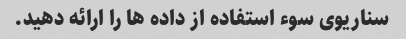
سناریوی سوء استفاده از داده ها را ارائه دهید.